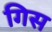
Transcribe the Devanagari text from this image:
गिस